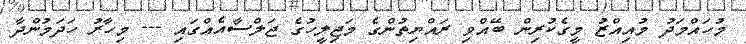
މުހައްމަދު މުއިއްޒު މީގެކުރިން ބޭއްވި ރައްޔިތުންގެ މަޖިލީހުގެ ޖަލްސާއެއްގައި --- މިހާރު ހަދަމުންދާ